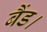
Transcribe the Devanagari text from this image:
बैंड।